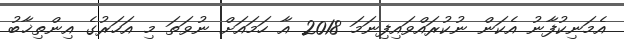
އެމަނިކުފާނު އެކަން ނުކުރައްވައިފިނަމަ 2018 އާ ހަމައަށް ނުވަތަ މި އަހަރުގެ އިންތިޚާބު